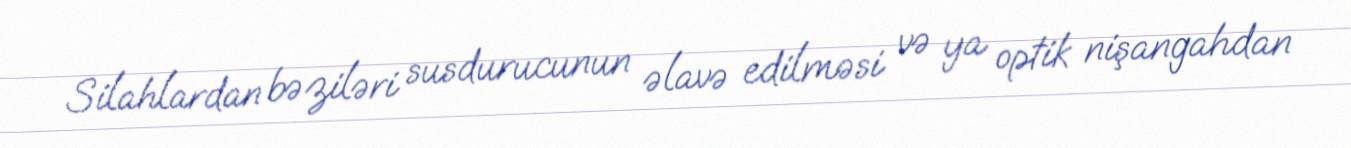
Silahlardan bəziləri susdurucunun əlavə edilməsi və ya optik nişangahdan